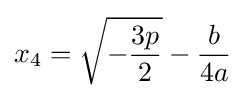
x_{4}={\sqrt {-{\frac {3p}{2}}}}-{\frac {b}{4a}}